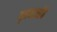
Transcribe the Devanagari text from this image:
गृहकर्जाचे